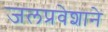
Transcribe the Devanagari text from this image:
जलप्रवेशाने